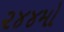
૨૪૪મો